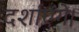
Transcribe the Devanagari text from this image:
दर्शाएंगे।